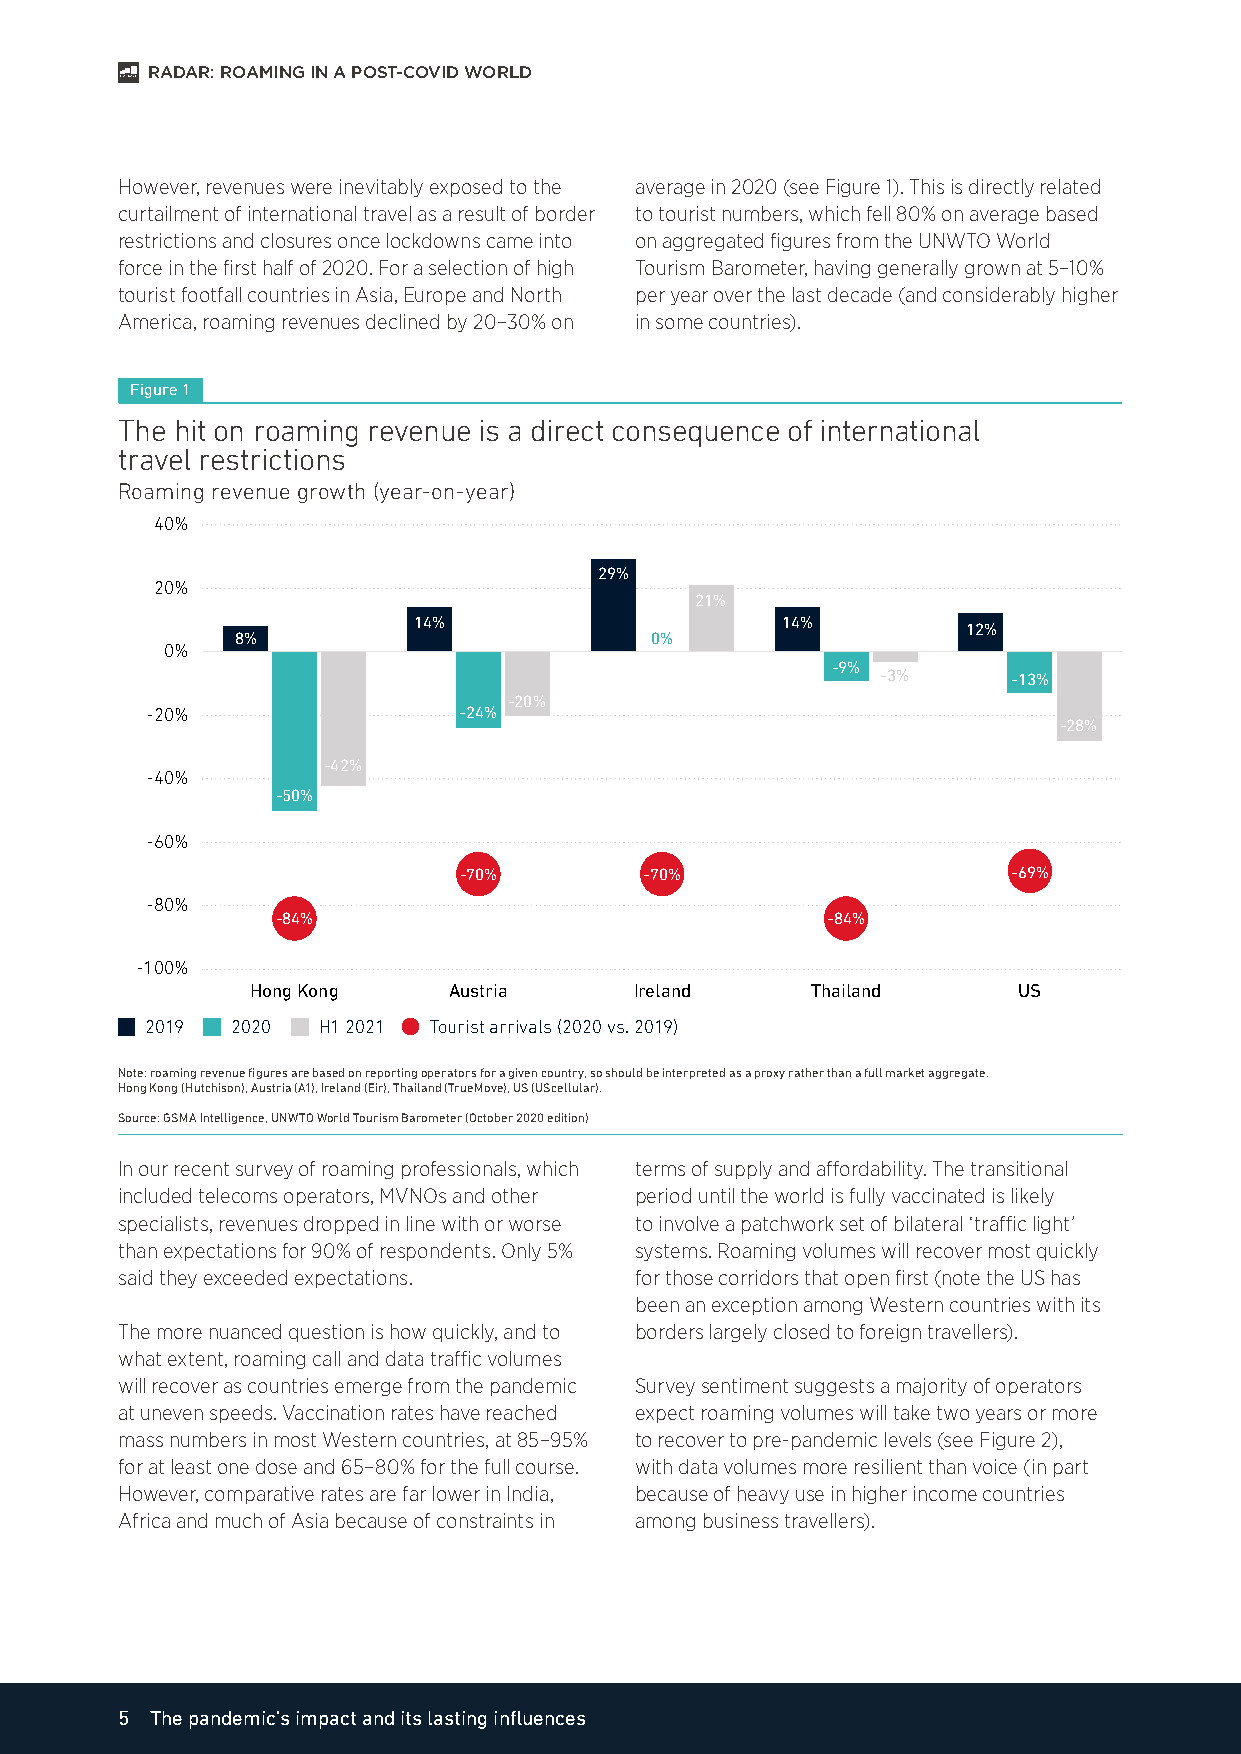
RADAR: ROAMING IN A POST-COVID WORLD
 However, revenues were inevitably exposed to the average in 2020 (see Figure 1). This is directly related
 curtailment of international travel as a result of border to tourist numbers, which fell 80% on average based
 restrictions and closures once lockdowns came into on aggregated figures from the UNWTO World
 force in the first half of 2020. For a selection of high Tourism Barometer, having generally grown at 5–10%
 tourist footfall countries in Asia, Europe and North per year over the last decade (and considerably higher
 America, roaming revenues declined by 20–30% on in some countries).
 Figure 1
 The hit on roaming revenue is a direct consequence of international
 travel restrictions
 Roaming revenue growth (year-on-year)
 40%
 29%
 20%
 21%
 14%                      14%
 12%
 8%                         0%
 0%
 -9%
 -3%      -13%
 -20%
 -20%                -24%
 -28%
 -42%
 -40%
 -50%
 -60%
 -70%         -70%                    -69%
 -80%
 -84%                                 -84%
 -100%
 Hong Kong    Austria     Ireland     Thailand     US
 2019 2020  H1 2021 Tourist arrivals (2020 vs. 2019)
 Note: roaming revenue figures are based on reporting operators for a given country, so should be interpreted as a proxy rather than a full market aggregate.
 Hong Kong (Hutchison), Austria (A1), Ireland (Eir), Thailand (TrueMove), US (UScellular).
 Source: GSMA Intelligence, UNWTO World Tourism Barometer (October 2020 edition)
 In our recent survey of roaming professionals, which terms of supply and affordability. The transitional
 included telecoms operators, MVNOs and other period until the world is fully vaccinated is likely
 specialists, revenues dropped in line with or worse to involve a patchwork set of bilateral ‘traffic light’
 than expectations for 90% of respondents. Only 5% systems. Roaming volumes will recover most quickly
 said they exceeded expectations.  for those corridors that open first (note the US has
 been an exception among Western countries with its
 The more nuanced question is how quickly, and to borders largely closed to foreign travellers).
 what extent, roaming call and data traffic volumes
 will recover as countries emerge from the pandemic Survey sentiment suggests a majority of operators
 at uneven speeds. Vaccination rates have reached expect roaming volumes will take two years or more
 mass numbers in most Western countries, at 85–95% to recover to pre-pandemic levels (see Figure 2),
 for at least one dose and 65–80% for the full course. with data volumes more resilient than voice (in part
 However, comparative rates are far lower in India, because of heavy use in higher income countries
 Africa and much of Asia because of constraints in among business travellers).
 5 The pandemic’s impact and its lasting influences